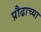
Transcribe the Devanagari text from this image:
प्रौढाच्या